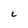
Character: L